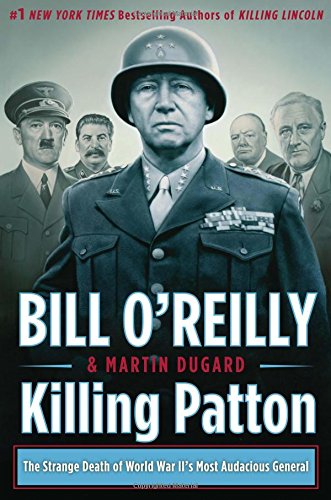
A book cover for Killing Patton: The Strange Death of World War II's Most Audacious General; Bill O'Reilly; Biographies & Memoirs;